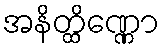
အနိတ္ထိဏ္ဏော